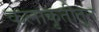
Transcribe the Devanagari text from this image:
कलाकृतीतून